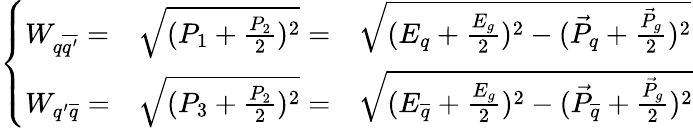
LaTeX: \left\{ \begin{array}{lll}{{W_{q{\overline{{{q^{\prime}}}}}}=}}&{{\sqrt{(P_{1}+{\frac{P_{2}}{2}})^{2}}=}}&{{\sqrt{(E_{q}+{\frac{E_{g}}{2}})^{2}-({\stackrel{\rightarrow}P_{q}}+{\frac{\stackrel{\rightarrow}P_{g}}{2}})^{2}}}}\\ {{W_{{q^{\prime}}{\overline{{{q}}}}}=}}&{{\sqrt{(P_{3}+{\frac{P_{2}}{2}})^{2}}=}}&{{\sqrt{(E_{\overline{{{q}}}}+{\frac{E_{g}}{2}})^{2}-({\stackrel{\rightarrow}P_{\overline{{{q}}}}}+{\frac{\stackrel{\rightarrow}P_{g}}{2}})^{2}}}}\end{array}\right.